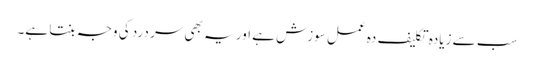
سب سے زیادہ تکلیف دہ عمل سوزش ہے اور یہ بھی سر درد کی وجہ بنتا ہے۔